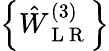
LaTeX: \left\{ \hat{W}_{\mathrm{~L~R~}}^{(3)}\right\}